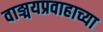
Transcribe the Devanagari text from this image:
वाङ्मयप्रवाहाच्या